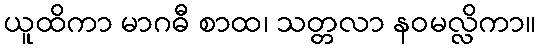
ယူထိကာ မာဂဓီ စာထ၊ သတ္တလာ နဝမလ္လိကာ။